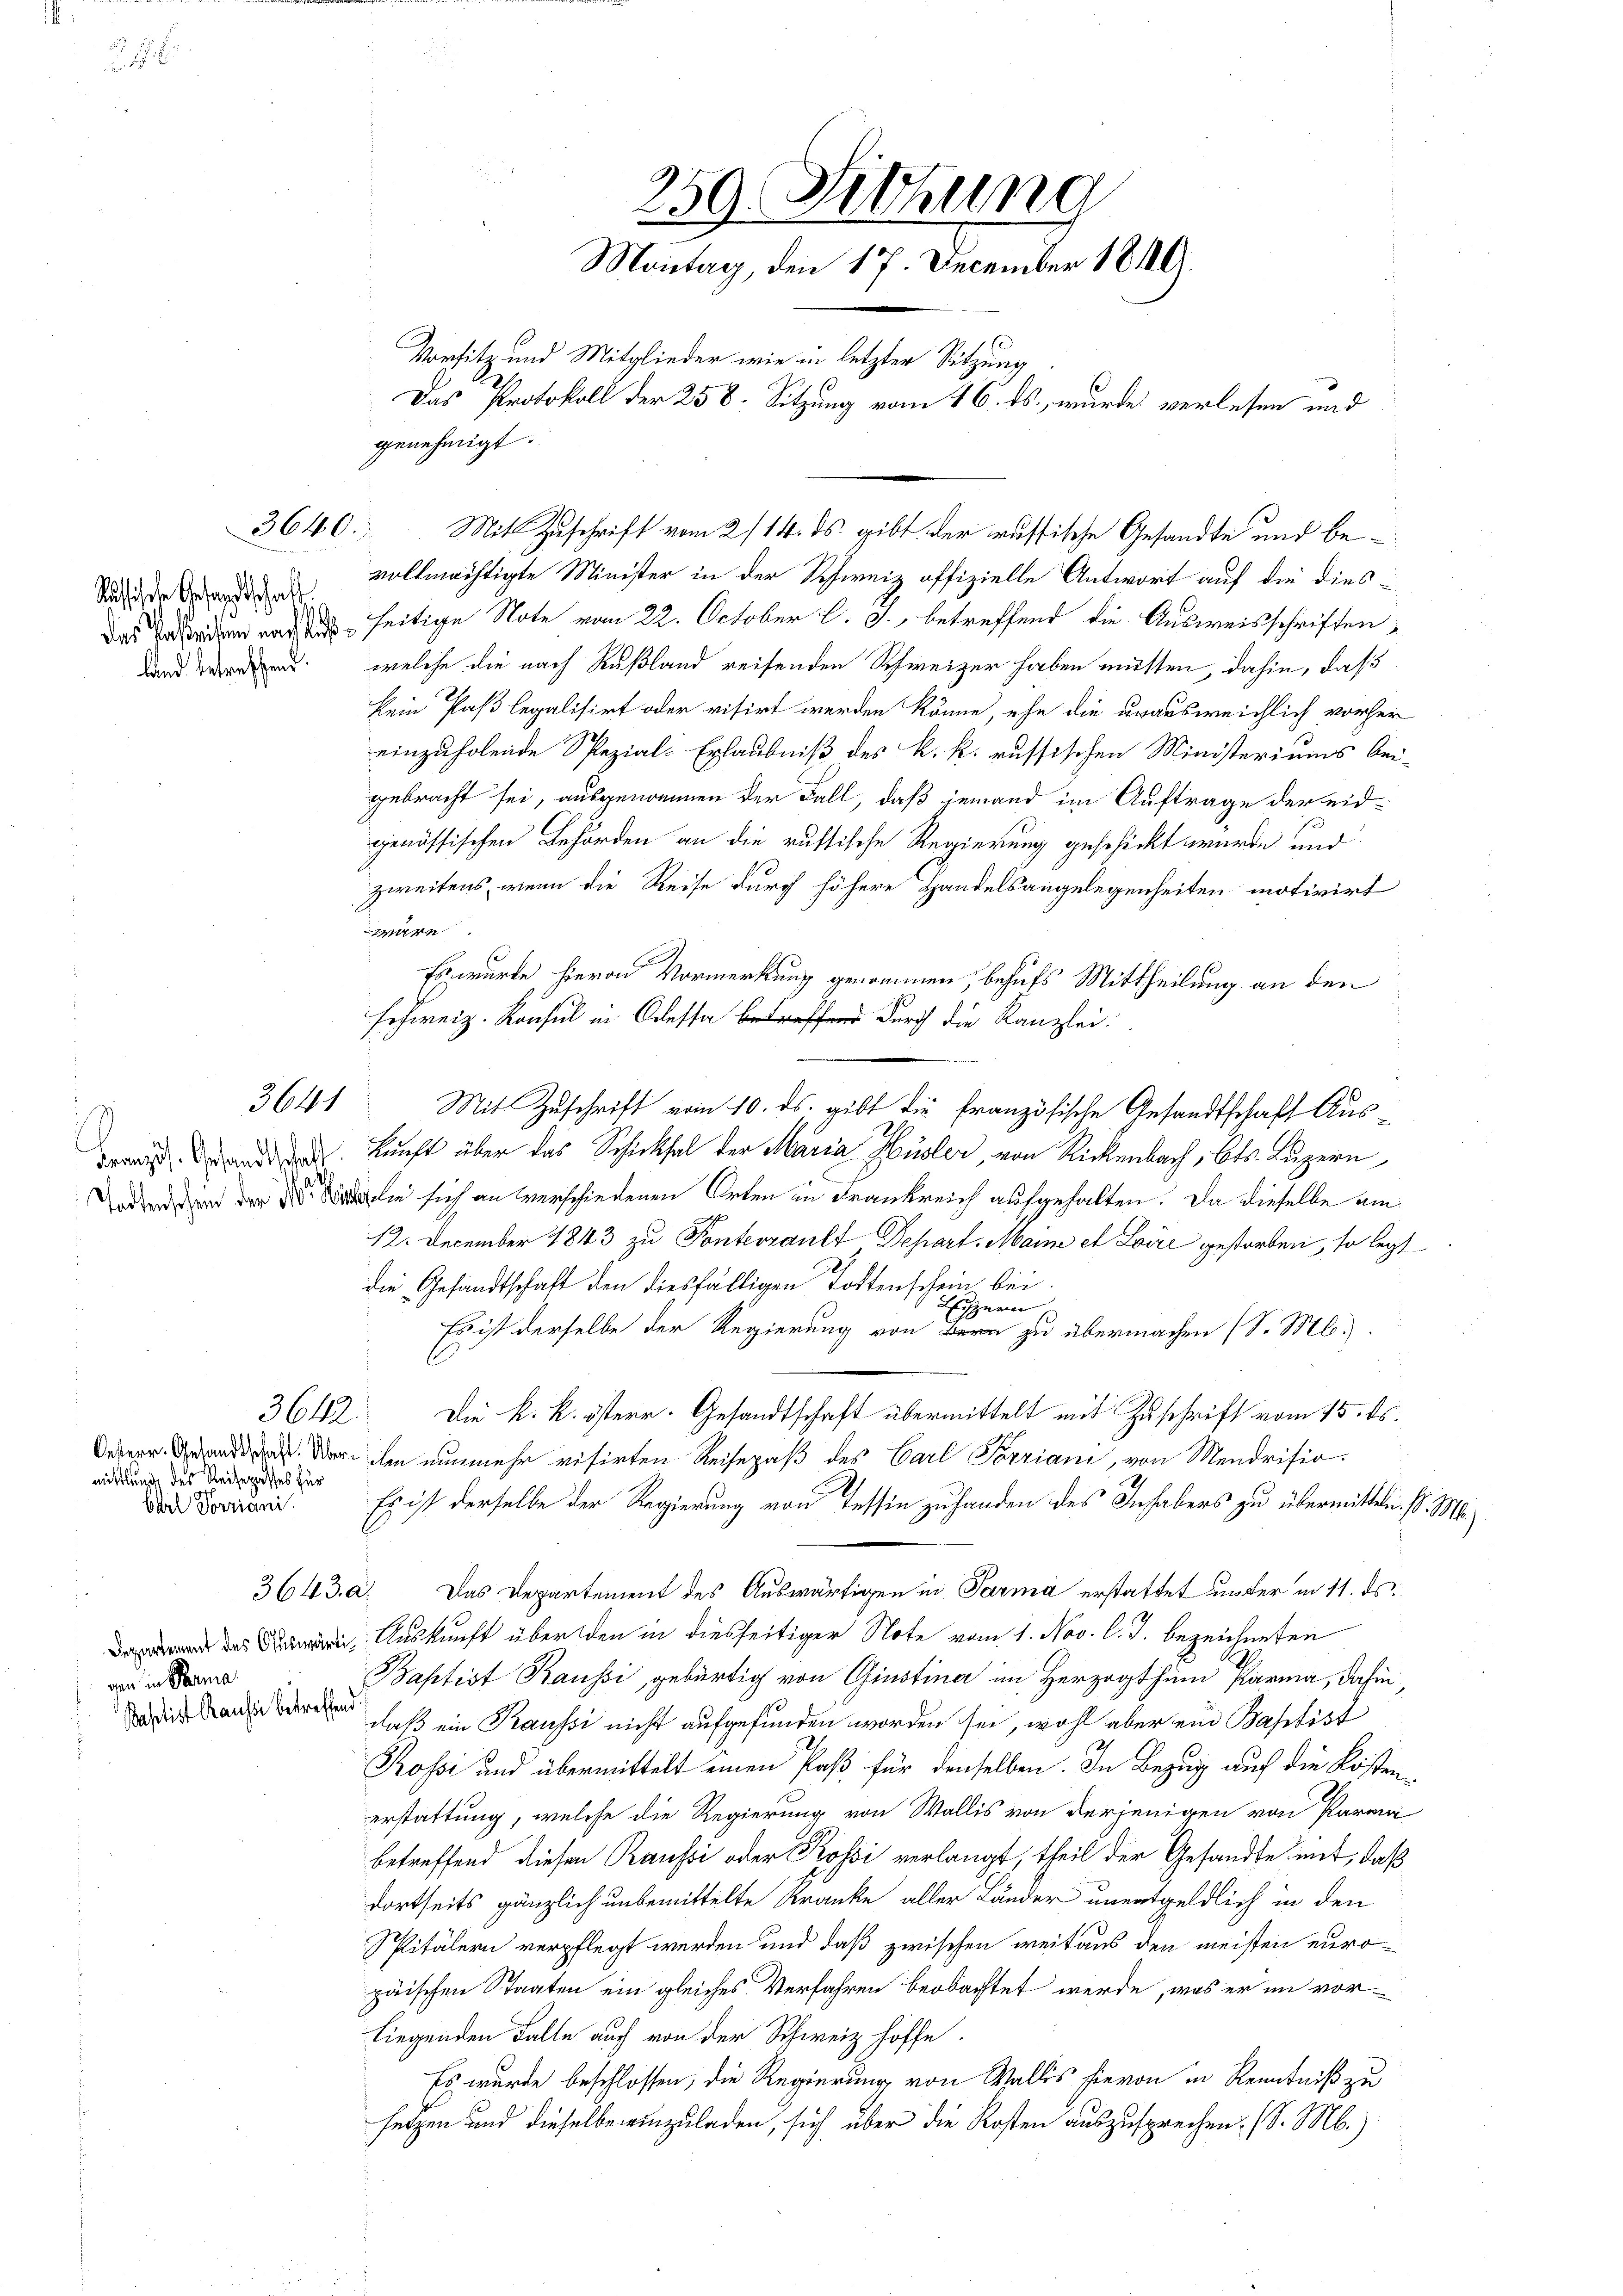
Siche Gesandtschaft
e
land betreffend.

3640.

3641

Französ. Gesandtschaft
A

mittlung des Reiseprosses für
berl Vorriani.

gaen in Bauma
Baptist Raussi betreffend

3643. a.

vollmächtigte Minister in der Schweiz offizielle Antwort auf die dies¬
Das Serien nach aus seitige Note vom 22. October l. J., betreffend die Ausweisschriften,
welche die nach Rußland reisenden Schweizer haben müssen, dahin, daß
kein Paß legalisirt oder visirt werden könne, ehe die urausweichlich vorher
einzuholende Spezial-Erlaubniß des k. k. russischen Ministeriums bei-
gebracht sei, ausgenommen der Fall, daß jemand im Auftrage der eidgenössischen Behörden an die russische Regierung geschickt wurde und
zweitens, wenn die Reise durch höhere Handelsangelegenheiten motivirt
wäre.
Es wurde hievon Vormerkung genommen, behufs Mittheilung an den
schweiz. Konsul in Odessa betreffend durch die Kanzlei:
Mit Zuschrift vom 10. ds. gibt die französische Gesandtschaft Auskunft über das Schicksal der Maria Hüsler, von Rickenbach, Cts. Luzern
Tedenen der der die sich an verschiedenen Orten in Frankreich aufgehalten. Da dieselbe am
12. December 1843 zu Pontenzault Depart. Maine et Loire gestorben, so legt
die Gesandtschaft den diesfälligen Todtenschein bei.
1
Eisne
Es ist derselbe der Regierung von Bern zu übermachen (S. Mlo¬
3642. Die k. k. österr. Gesandtschaft übermittelt mit Zuschrift vom 15. ds.
ed der ihm nunmehr visirten Reisepaß des Carl Torriani, von Mendrisio
Es ist derselbe der Regierung von Tessin zu handen des Inhabens zu übermitteln. (l. M.
Das Departement des Auswärtigen in Parma erstattet unter in 11. ds.
 Auskunft über den in diesseitiger Note vom 1. Nov. l. J. bezeichneten
Baptist Raussi, gebürtig von Ginstina im Herzogthum Parma, dahin
daß ein Kaussi nicht aufgefunden worden sei, wohl aber ein Baptist
Rossi und übermittelt einen Paß für denselben. In Bezug auf die Kostenerstattung, welche die Regierung von Wallis von derjenigen von Parma
betreffend diesen Raussi oder Kossi verlangt, theil der Gesandte mit, daß
dortseits gänzlich unbemittelte Kranke aller Länder unentgeldlich in den
Spitälern verpflegt werden und daß zwischen weitaus den meisten europäischen Staaten ein gleiches Verfahren beobachtet werde, was er im vorliegenden Falle auch von der Schweiz hoffe.
Es wurde beschlossen, die Regierung von Wallis hievon in Kenntniß zu
setzen und dieselbe einzuladen, sich über die Kosten auszusprechen. (S. M.)

259. Dietung
Montag, den 17. December 1810.
Vorsitz und Mitglieder wie in letzter Sitzung
Das Protokoll der 258. Sitzung vom 16. ds., wurde verlesen und
genehmigt.

Mit Zuschrift vom 2/14. ds. gibt der russische Gesandte und be¬